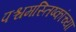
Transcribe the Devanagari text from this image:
पश्चमस्तिष्कांच्या